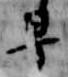
早